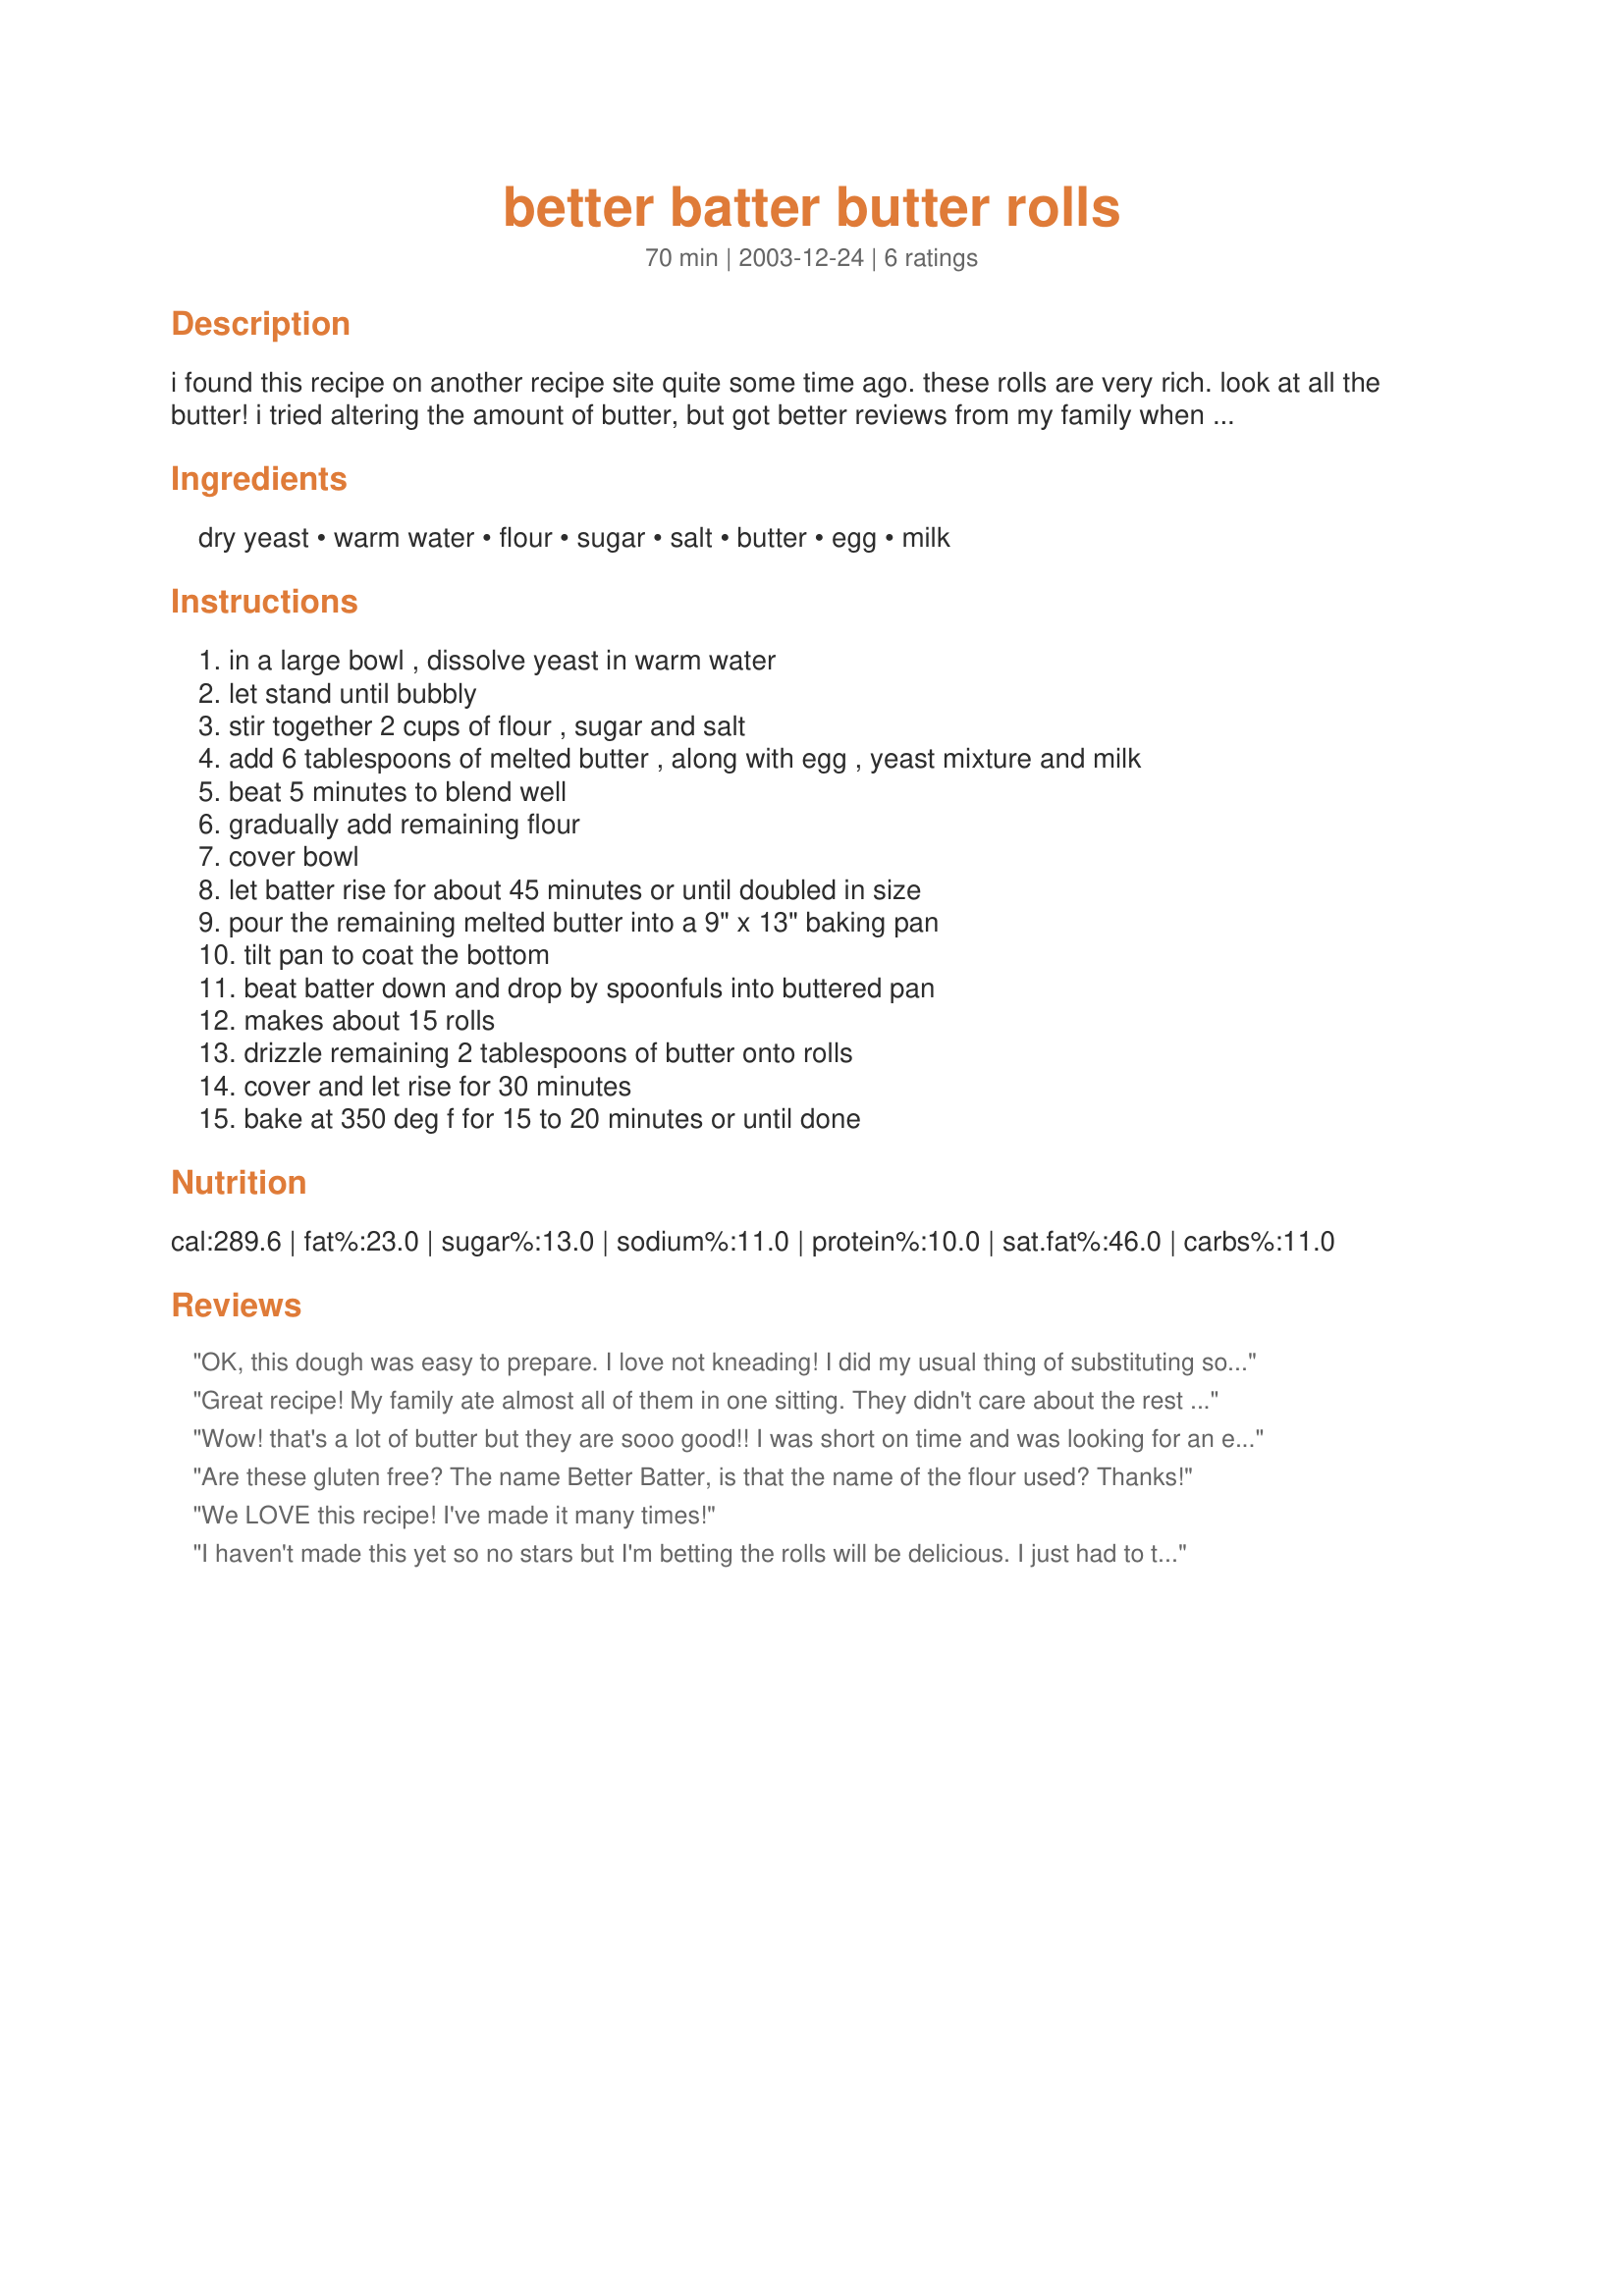
better batter butter rolls
Preparation time: 70 minutes

i found this recipe on another recipe site quite some time ago. these rolls are very rich. look at all the butter! i tried altering the amount of butter, but got better reviews from my family when i left it as is.

Ingredients:
dry yeast, warm water, flour, sugar, salt, butter, egg, milk

Steps:
in a large bowl , dissolve yeast in warm water, let stand until bubbly, stir together 2 cups of flour , sugar and salt, add 6 tablespoons of melted butter , along with egg , yeast mixture and milk, beat 5 minutes to blend well, gradually add remaining flour, cover bowl, let batter rise for about 45 minutes or until doubled in size, pour the remaining melted butter into a 9" x 13" baking pan, tilt pan to coat the bottom, beat batter down and drop by spoonfuls into buttered pan, makes about 15 rolls, drizzle remaining 2 tablespoons of butter onto rolls, cover and let rise for 30 minutes, bake at 350 deg f for 15 to 20 minutes or until done

Reviews:
OK, this dough was easy to prepare. I love not kneading! I did my usual thing of substituting some of the flour with whole wheat and adding honey, so I added a pinch more yeast. DH raved over these rolls, but I probably won't make them too often because of the amount of butter. Thank you for posting!
Great recipe! My family ate almost all of them in one sitting. They didn't care about the rest of dinner, they just wanted to know if there were more rolls! Will definitely be making this again.
Wow! that's a lot of butter but they are sooo good!! I was short on time and was looking for an easy roll recipe and ran across this one. They turned out wonderfully. The family ate the leftover rolls for breakfast and asked me to make them again for tonight. I may try cutting down a bit on the amount of melted butter in the pan. Great recipe! We loved it!
Are these gluten free? The name Better Batter, is that the name of the flour used? Thanks!
We LOVE this recipe! I've made it many times!
I haven't made this yet so no stars but I'm betting the rolls will be delicious. I just had to tell you that I love the name. It is so much fun to say it. I can hardly wait to make and serve these and when someone asks me what they are called, I will say quickly, "These are Better Batter Butter Rolls!" I hope you understand my sense of humor!
